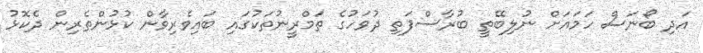
އަދި ބޯނަސް ހަމައަށް ނުލިބޭތީ ބުރާސްފަތި ދުވަހުގެ ތަމްރީނުތަކުގައި ބައިވެރިވާން ކުޅުންތެރިން ދެކޮޅު